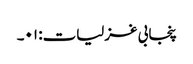
پنجابی غزلیات: ۰۱۔